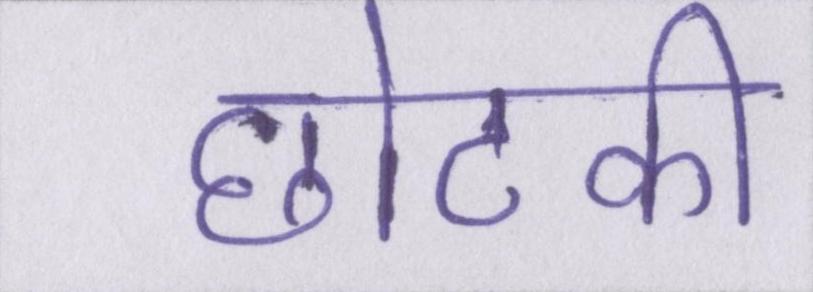
छोटकी